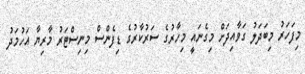
މިފަހަރު މިބަދަލު ގަވާއިދަށް މިގެނައީ މިހާރުގެ ސަރުކާރުގެ ޑިފެންސް މިނިސްޓަރު މާރިޔާ އަހުމަދު